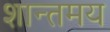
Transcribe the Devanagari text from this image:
शान्तमय